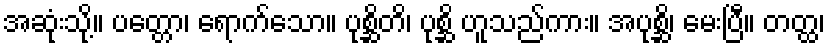
အဆုံးသို့။ ပတ္တော၊ ရောက်သော။ ပုစ္ဆိတိ၊ ပုစ္ဆိ ဟူသည်ကား။ အပုစ္ဆိ၊ မေးပြီ။ တတ္ထ၊